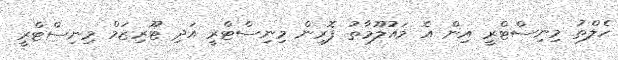
ހެލްތު މިނިސްޓްރީ އިން އެ މައުލޫމާތު ފޮރިން މިނިސްޓްރީ އަދި ޓޫރިޒަމް މިނިސްޓްރީ